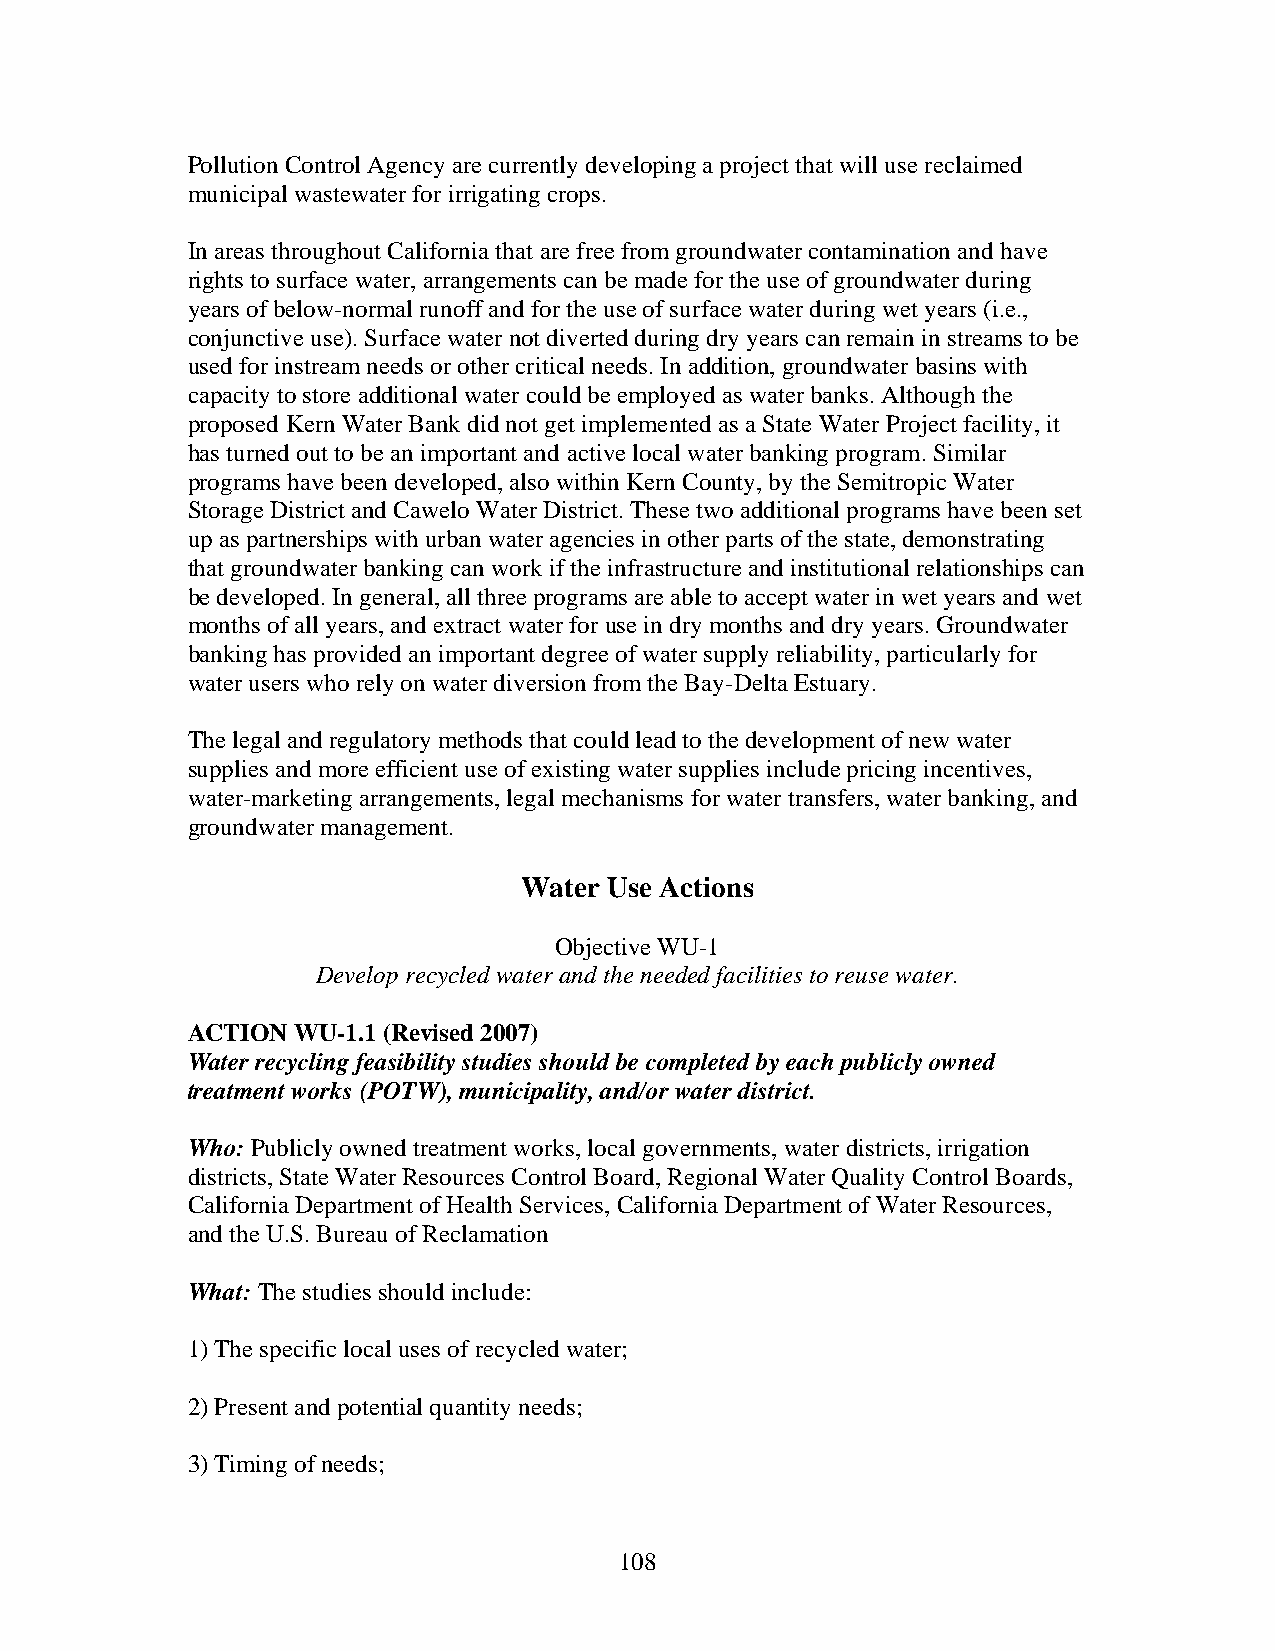
Pollution Control Agency are currently developing a project that will use reclaimed
 municipal wastewater for irrigating crops.
 In areas throughout California that are free from groundwater contamination and have
 rights to surface water, arrangements can be made for the use of groundwater during
 years of below-normal runoff and for the use of surface water during wet years (i.e.,
 conjunctive use). Surface water not diverted during dry years can remain in streams to be
 used for instream needs or other critical needs. In addition, groundwater basins with
 capacity to store additional water could be employed as water banks. Although the
 proposed Kern Water Bank did not get implemented as a State Water Project facility, it
 has turned out to be an important and active local water banking program. Similar
 programs have been developed, also within Kern County, by the Semitropic Water
 Storage District and Cawelo Water District. These two additional programs have been set
 up as partnerships with urban water agencies in other parts of the state, demonstrating
 that groundwater banking can work if the infrastructure and institutional relationships can
 be developed. In general, all three programs are able to accept water in wet years and wet
 months of all years, and extract water for use in dry months and dry years. Groundwater
 banking has provided an important degree of water supply reliability, particularly for
 water users who rely on water diversion from the Bay-Delta Estuary.
 The legal and regulatory methods that could lead to the development of new water
 supplies and more efficient use of existing water supplies include pricing incentives,
 water-marketing arrangements, legal mechanisms for water transfers, water banking, and
 groundwater management.
 Water Use Actions
 Objective WU-1
 Develop recycled water and the needed facilities to reuse water.
 ACTION WU-1.1 (Revised 2007)
 Water recycling feasibility studies should be completed by each publicly owned
 treatment works (POTW), municipality, and/or water district.
 Who: Publicly owned treatment works, local governments, water districts, irrigation
 districts, State Water Resources Control Board, Regional Water Quality Control Boards,
 California Department of Health Services, California Department of Water Resources,
 and the U.S. Bureau of Reclamation
 What: The studies should include:
 1) The specific local uses of recycled water;
 2) Present and potential quantity needs;
 3) Timing of needs;
 108